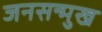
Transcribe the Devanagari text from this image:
जनसन्मुख